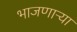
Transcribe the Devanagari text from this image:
भाजणाऱ्या